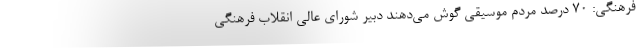
فرهنگی: ۷۰ درصد مردم موسیقی گوش می‌دهند دبیر شورای عالی انقلاب فرهنگی